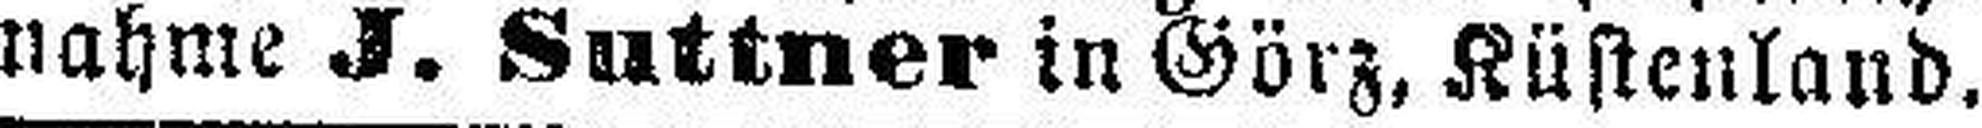
nahme J. Suttner in Görz, Küstenland.